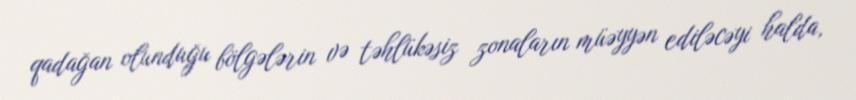
qadağan olunduğu bölgələrin və təhlükəsiz zonaların müəyyən ediləcəyi halda,